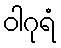
ဝါဂုရံ